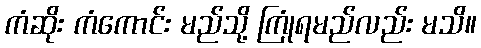
ကံဆိုး ကံကောင်း မည်သို့ ကြုံရမည်လည်း မသိ။